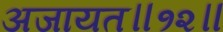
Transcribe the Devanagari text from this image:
अजायत॥१२॥